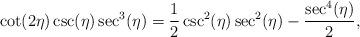
LaTeX: \begin{align*}\cot (2 \eta ) \csc (\eta ) \sec ^3(\eta ) = \frac{1}{2} \csc ^2(\eta ) \sec ^2(\eta )-\frac{\sec ^4(\eta )}{2}, \end{align*}